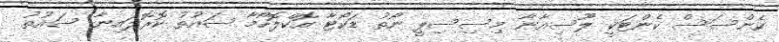
ކެންސަސް ކެންޓަކީ ލޫސިއާނާ މިސިސިޕީ ނޯތު ޑަކޯޓާ އޮކްލޮހޯމާ ސައުތު ކޮރޮލައިނާ ސައުތު